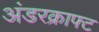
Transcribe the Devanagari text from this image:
अंडरक्राफ्ट